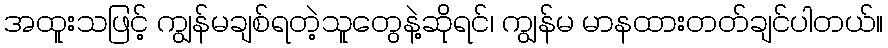
အထူးသဖြင့် ကျွန်မချစ်ရတဲ့သူတွေနဲ့ဆိုရင်၊ ကျွန်မ မာနထားတတ်ချင်ပါတယ်။